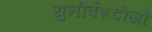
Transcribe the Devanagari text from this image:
युनीर्वशटीजो